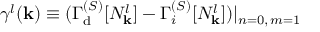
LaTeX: \gamma ^ { l } ( { \bf k } ) \equiv ( \Gamma _ { \mathrm { d } } ^ { ( { \cal S } ) } [ N _ { \bf k } ^ { l } ] - \Gamma _ { i } ^ { ( { \cal S } ) } [ N _ { \bf k } ^ { l } ] ) \vert _ { n = 0 , \, m = 1 }